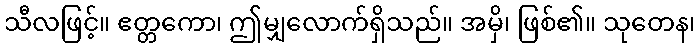
သီလဖြင့်။ ဧတ္တကော၊ ဤမျှလောက်ရှိသည်။ အမှိ၊ ဖြစ်၏။ သုတေန၊